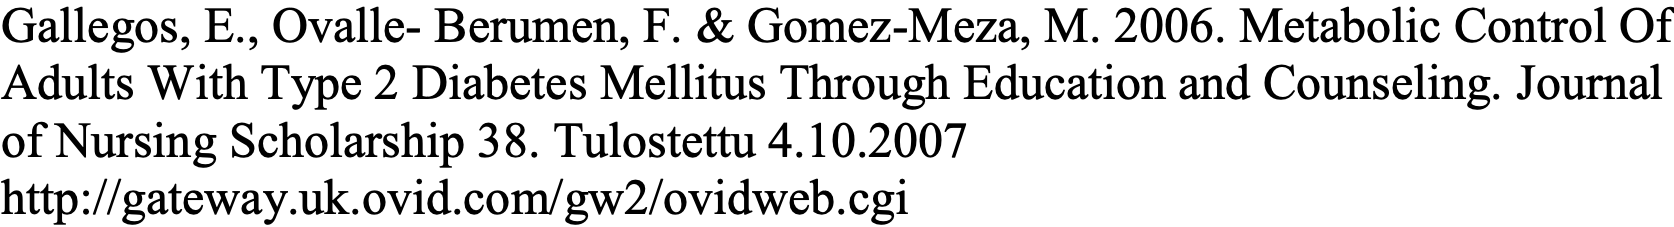
Gallegos, E., Ovalle- Berumen, F. & Gomez-Meza, M. 2006. Metabolic Control Of Adults With Type 2 Diabetes Mellitus Through Education and Counseling. Journal of Nursing Scholarship 38. Tulostettu 4.10.2007 http://gateway.uk.ovid.com/gw2/ovidweb.cgi